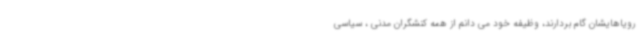
رویاهایشان گام بردارند، وظیفه خود می دانم از همه کنشگران مدنی ، سیاسی